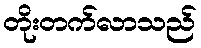
တိုးတက်လာသည်